Scottish Leaving Certificate Examination, 1954
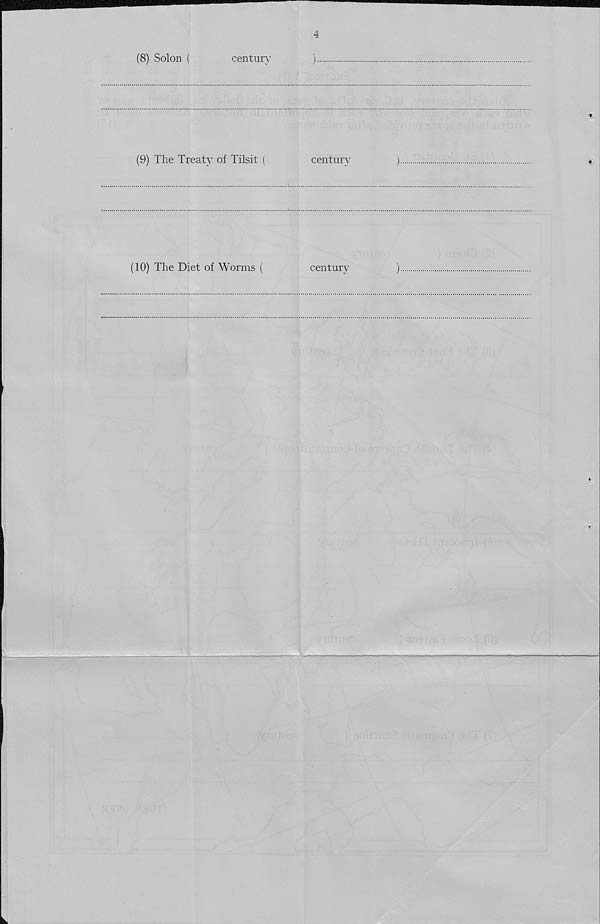
4
(8) Solon (
century
)
(9) The Treaty of Tilsit (
century
)
(10) The Diet of Worms (
century
)
V'iJ'i J i V;;